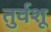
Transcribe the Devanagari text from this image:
तुर्वशू